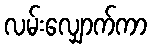
လမ်းလျှောက်ကာ